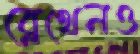
ব্লেথেনও